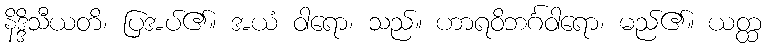
နိဒ္ဒိသီယတိ၊ ပြအပ်၏။ အယံ ဝါရော၊ သည်။ ဟာရဝိဘင်္ဂဝါရော၊ မည်၏။ ယတ္ထ